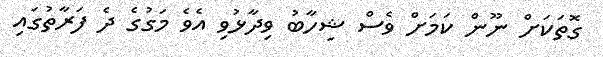
ގޮތަކަށް ނޫން ކަމަށް ވެސް ޝިހާބު ވިދާޅުވި އެވެ މަގުގެ ދެ ފަރާތުގައި